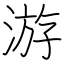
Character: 游